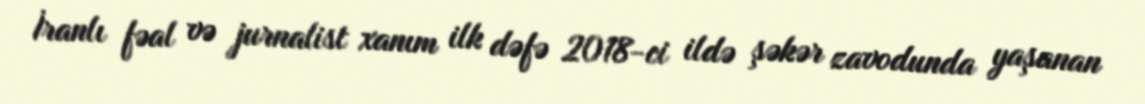
İranlı fəal və jurnalist xanım ilk dəfə 2018-ci ildə şəkər zavodunda yaşanan